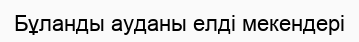
Бұланды ауданы елді мекендері